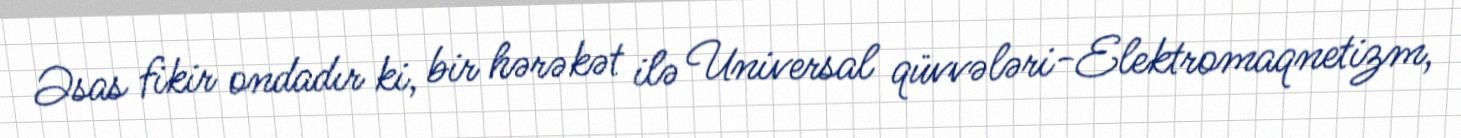
Əsas fikir ondadır ki, bir hərəkət ilə Universal qüvvələri-Elektromaqnetizm,